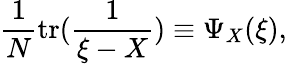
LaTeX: {\frac{1}{N}}\mathrm{{tr}}({\frac{1}{\xi-X}})\equiv\Psi_{X}(\xi),